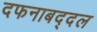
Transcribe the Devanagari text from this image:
दफनाबद्दल